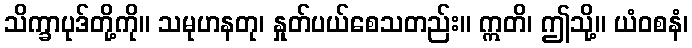
သိက္ခာပုဒ်တို့ကို။ သမုဟနတု၊ နှုတ်ပယ်စေသတည်း။ ဣတိ၊ ဤသို့။ ယံဝစနံ၊